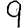
Digit: 9